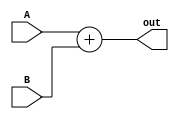
`timescale 1ns / 1ps
module Adder(
    input [63:0] A,
    input [63:0] B,
    output reg [63:0] out
    );
always @(A or B) 
    begin 
    out= A + B;
    end
endmodule